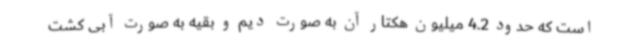
است که حدود 4.2 میلیون هکتار آن به صورت دیم و بقیه به صورت آبی کشت